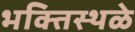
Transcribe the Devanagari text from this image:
भक्तिस्थळे